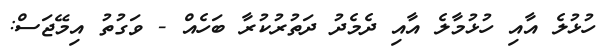
ހުޅުލެ އާއި ހުޅުމާލެ އާއި ދެމެދު ދަތުރުކުރާ ބަހެއް - ވަގުތު އިމޭޖަސް: